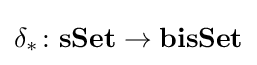
\delta _{*}\colon \mathbf {sSet} \rightarrow \mathbf {bisSet}